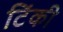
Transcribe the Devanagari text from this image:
टिंकी